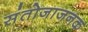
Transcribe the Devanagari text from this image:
संतोजाजनक